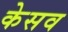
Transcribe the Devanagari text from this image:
केसव